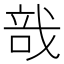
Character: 𢧂